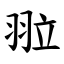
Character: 翋